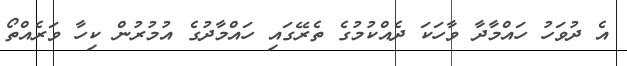
އެ ދުވަހު ހައްމާދާ ވާހަކަ ދެއްކުމުގެ ތެރޭގައި ހައްމާދުގެ އުމުރުން ކިހާ ވަރެއްތޯ